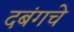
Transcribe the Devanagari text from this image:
दबंगचे